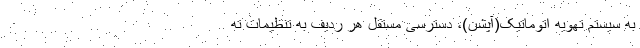
به سیستم تهویه اتوماتیک(آپشن)، دسترسی مستقل هر ردیف به تنظیمات ته